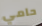
حامي